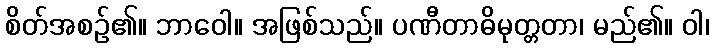
စိတ်အစဉ်၏။ ဘာဝေါ။ အဖြစ်သည်။ ပဏီတာဓိမုတ္တတာ၊ မည်၏။ ဝါ၊